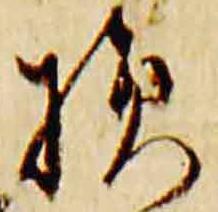
損